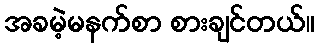
အခမဲ့မနက်စာ စားချင်တယ်။